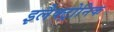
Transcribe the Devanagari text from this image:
इलैक्ट्रोनिक